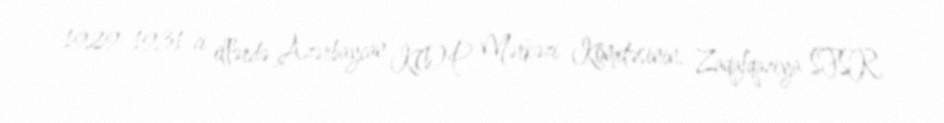
1929–1931-ci illərdə Azərbaycan K(b)P Mərkəzi Komitəsinin, Zaqafqaziya SFSR